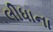
લીધાના